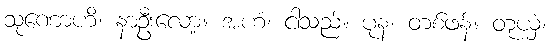
သုဏောဟိ၊ နာဦးလော့။ အဟံ၊ ငါသည်။ ပုန၊ တစ်ဖန်။ တုယှံ၊